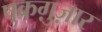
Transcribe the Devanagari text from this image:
षुक्रग़ुज़ार